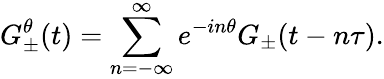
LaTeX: G_{\pm}^{\theta}(t)=\sum_{n=-\infty}^{\infty}e^{-in\theta}G_{\pm}(t-n\tau).